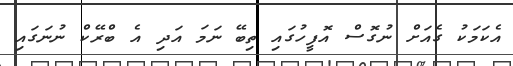
އެކަމަކު ގެއަށް ނުގޮސް އޮފީހުގައި ތިބޭ ނަމަ އަދި އެ ބްރޭކް ނުނަގައި